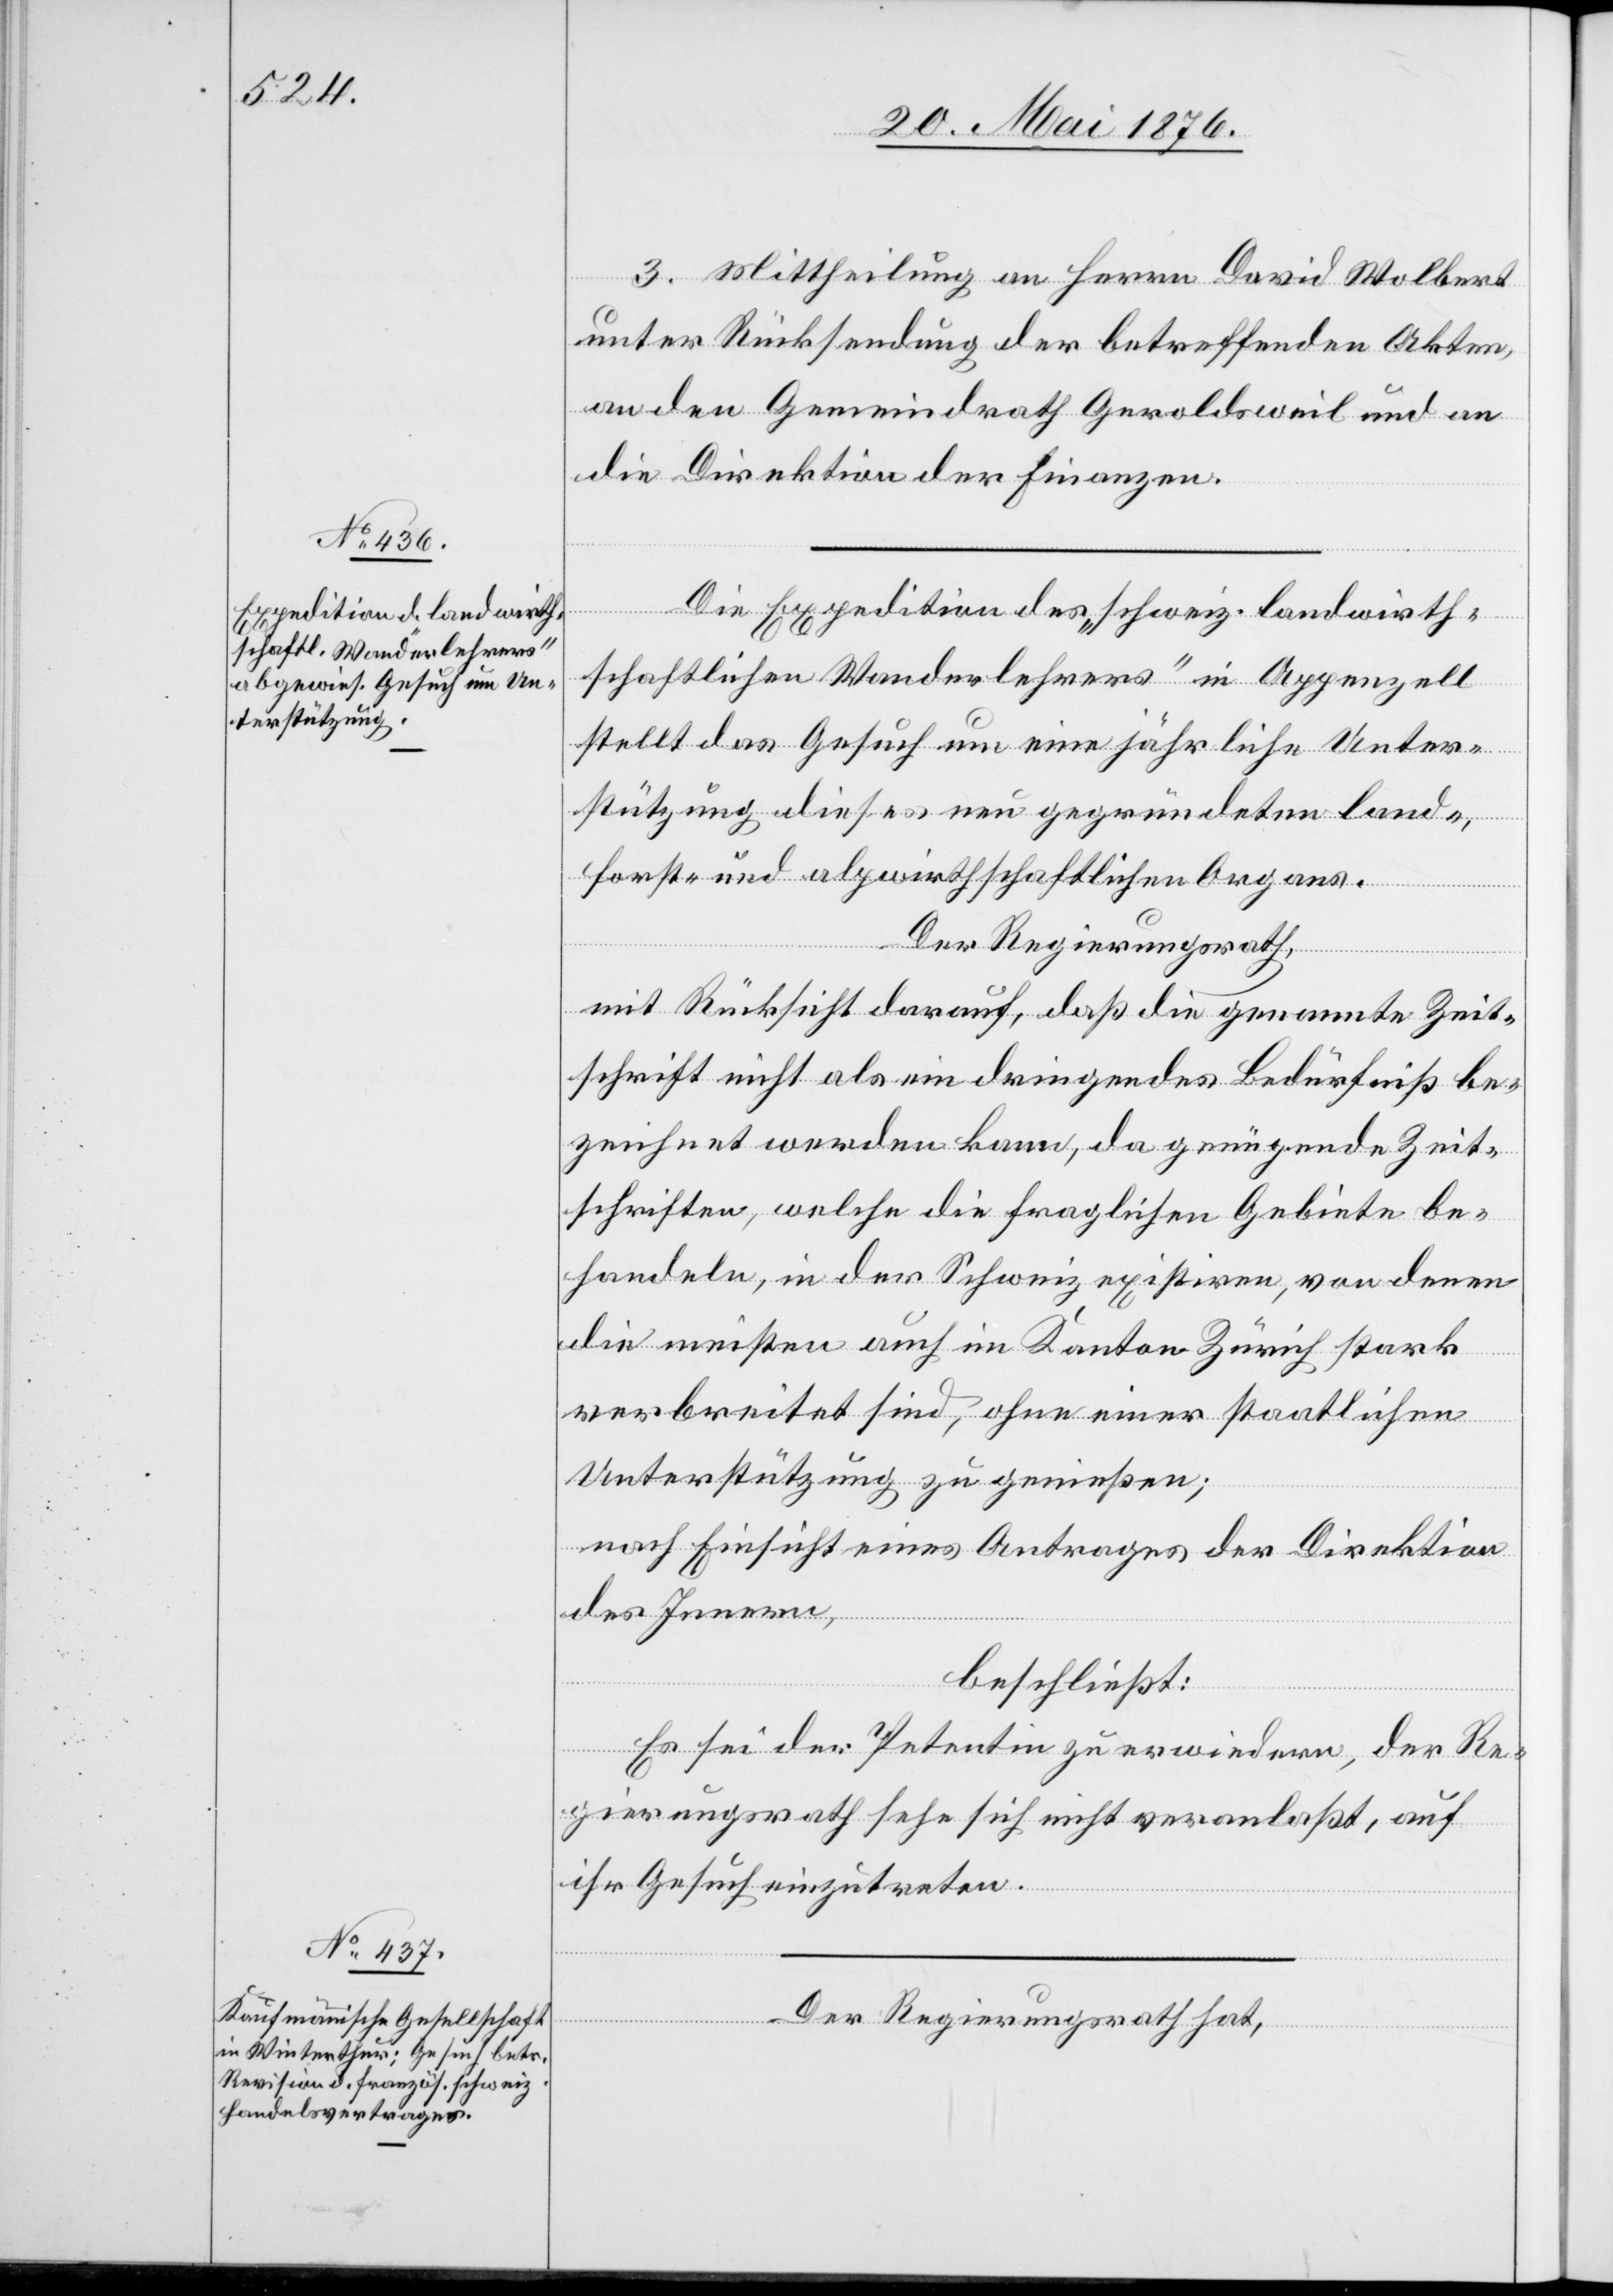
3. Mittheilung an Herrn David Wolbert
unter Rücksendung der betreffenden Akten,
an den Gemeindrath Geroldsweil und an
die Direktion der Finanzen.
Die Expedition des „schweiz. landwirth¬
schaftlichen Wanderlehrers“ in Appenzell
stellt das Gesuch um eine jährliche Unter¬
stützung dieses neu gegründeten land-,
forst- und alpwirthschaftlichen Organs.
Der Regierungsrath,
mit Rücksicht darauf, daß die genannte Zeit¬
schrift nicht als ein dringendes Bedürfniß be¬
zeichnet werden kann, da genügende Zeit¬
schriften, welche die fraglichen Gebiete be¬
handeln, in der Schweiz existiren, von denen
die meisten auch im Kanton Zürich stark
verbreitet sind, ohne einer staatlichen
Unterstützung zu genießen;
nach Einsicht eines Antrages der Direktion
des Innern,
beschließt:
Es sei der Petentin zu erwiedern, der Re¬
gierungsrath sehe sich nicht veranlaßt, auf
ihr Gesuch einzutreten.
Der Regierungsrath hat,